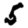
Digit: 5